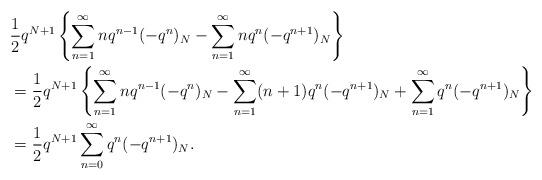
LaTeX: \begin{align*} &\frac{1}{2}q^{N+1}\left\{\sum_{n=1}^{\infty} nq^{n-1} (-q^{n})_{N} - \sum_{n=1}^{\infty} nq^n (-q^{n+1})_{N}\right\}\\&=\frac{1}{2}q^{N+1}\left\{\sum_{n=1}^{\infty} nq^{n-1} (-q^{n})_{N} - \sum_{n=1}^{\infty} (n+1)q^n (-q^{n+1})_{N} + \sum_{n=1}^{\infty} q^n(-q^{n+1})_N\right\}\\&=\frac{1}{2}q^{N+1}\sum_{n=0}^{\infty} q^n(-q^{n+1})_N.\end{align*}